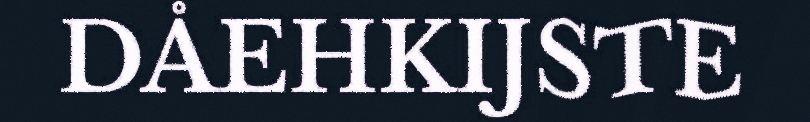
DÅEHKIJSTE